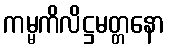
ကမ္မကိလိဋ္ဌမတ္တနော